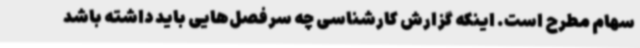
سهام مطرح است. اینکه گزارش کارشناسی چه سرفصل‌هایی باید داشته باشد